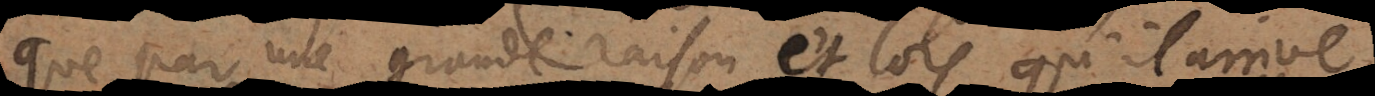
que par une grande raison et lorsqu’il arrive